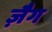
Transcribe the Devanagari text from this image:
ज़ैग